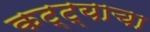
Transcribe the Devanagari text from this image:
कट्ट्याचा